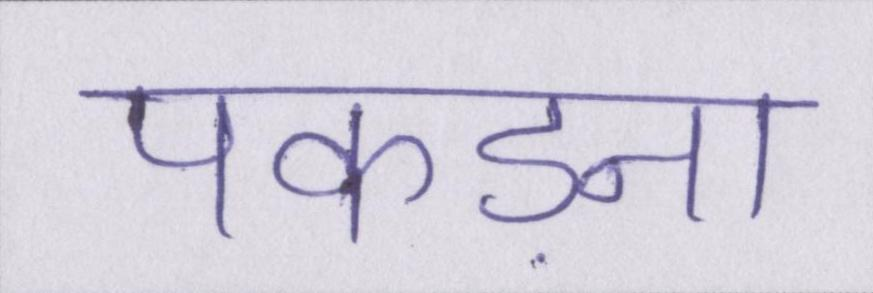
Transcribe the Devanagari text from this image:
पकड़ना